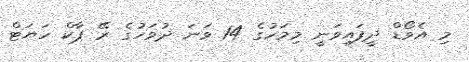
މި އެވޯޑް ދީފައިވަނީ މިމަހުގެ 14 ވަނަ ދުވަހުގެ ރޭ ޕާކް ހަޔަޓް